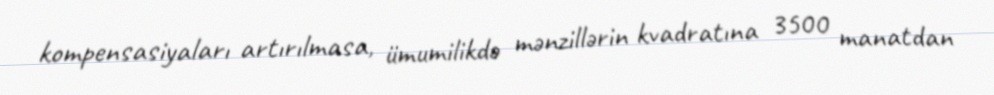
kompensasiyaları artırılmasa, ümumilikdə mənzillərin kvadratına 3500 manatdan